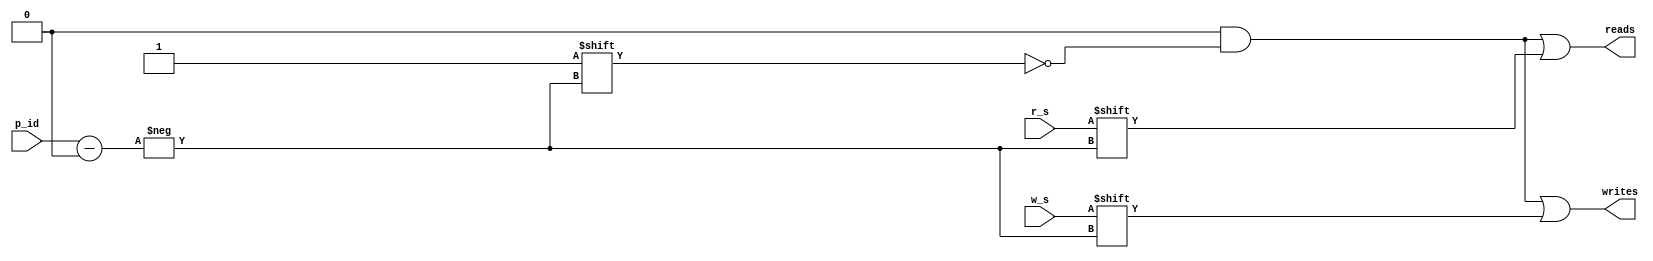
`timescale 1ns / 1ps
//****************************************************************//
//  This document contains information proprietary to the         //
//  CSULB student that created the file - any reuse without       //
//  adequate approval and documentation is prohibited             //
//                                                                //
//  Class: CECS 460												            //
//  Project name: LAB 2												         //
//                                                                //
//  Created by Harrison Fitch on 10/7/17.                         //
//  Copyright  2017 Harrison Fitch. All rights reserved.         //
//                                                                //
//  Abstract: This a address decoder module. It selects the       //
//  address to be output on the out_port of the tramelblaze.		//
//																						//
//  Edit history: 																//
//	 10/7/17 Now outputs reads and writes based on port_id			//
//                                                                //
//  In submitting this file for class work at CSULB               //
//  I am confirming that this is my work and the work             //
//  of no one else.                                               //
//                                                                //
//  In the event other code sources are utilized I will           //
//  document which portion of code and who is the author          //
//                                                                //
// In submitting this code I acknowledge that plagiarism          //
// in student project work is subject to dismissal from the class //
//****************************************************************//
module address_decoder(w_s, r_s, p_id, reads, writes);
	input 			 w_s, r_s;
	input			[5:0] p_id;
	output reg 	[63:0] reads, writes;
	
	//reads and writes gets the r_s or w_s if at current port_id
	always@(*)begin
		reads = 64'b0;
		writes = 64'b0;
		reads[p_id] = r_s;
		writes[p_id] = w_s;
	end
	
endmodule